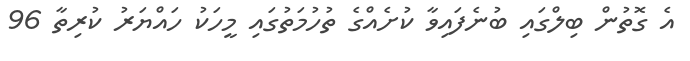
އެ ގޮތުން ބިލްގައި ބުނެފައިވާ ކުށެއްގެ ތުހުމަތުގައި މީހަކު ހައްޔަރު ކުރިތާ 96